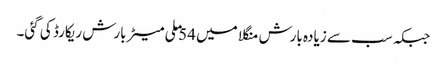
جبکہ سب سے زیادہ بارش منگلا میں 54 ملی میٹر بارش ریکارڈ کی گئی۔